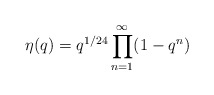
\begin{align*}\eta(q)=q^{1/24}\prod_{n=1}^\infty(1-q^n)\end{align*}